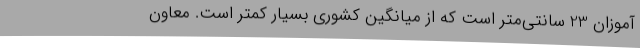
‌آموزان 23 سانتی‌متر است که از میانگین کشوری بسیار کمتر است. معاون